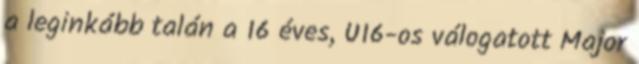
a leginkább talán a 16 éves, U16-os válogatott Major